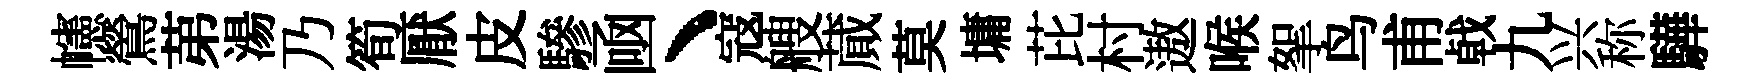
幰鶯苐湯乃筍厭皮驂凾丶寇艘蕆莫墉芘村遨喉挐鸟甫㦸九兴称驊